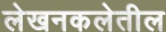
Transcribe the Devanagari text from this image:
लेखनकलेतील